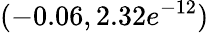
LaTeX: (-0.06,2.32e^{-12})